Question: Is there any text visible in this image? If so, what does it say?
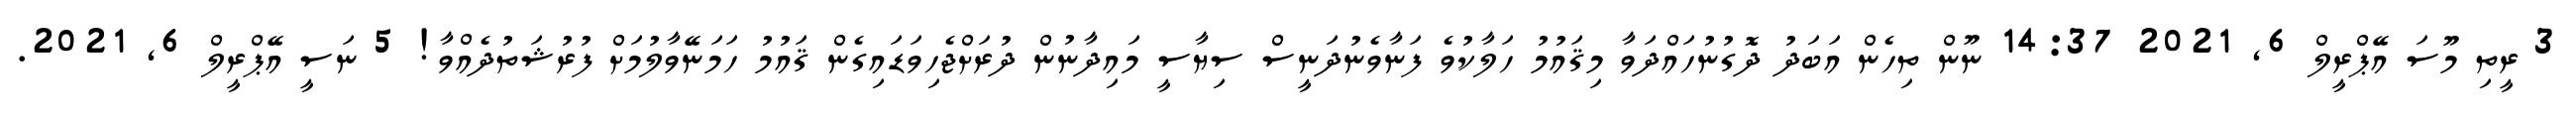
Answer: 3 ރީތި މޫސަ އޭޕްރީލް 6, 2021 14:37 ނޫން ތިހެން އަބަދު ދޮގުނުހައްދަވާ މިޤައުމު ހަލާކުވެ ފަނާވެނުދަނީސް ސިޔާސީ މައިދާނުން ދުރަށްޖެހިވަޑައިގެން ޤައުމު ހަމަނޭވާލުމަށް ފުރުޝަތުދެއްވާ! 5 ނަސީ އޭޕްރީލް 6, 2021.